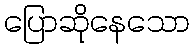
ပြောဆိုနေသော